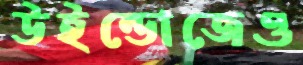
উইন্ডোজেও